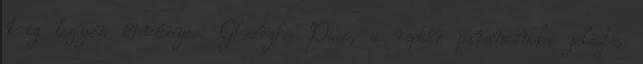
1-ig legyen érvényes. Gheorghe Pasc, a reptér parancsnoka jelezte,